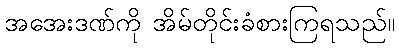
အအေးဒဏ်ကို အိမ်တိုင်းခံစားကြရသည်။